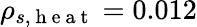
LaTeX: \rho_{s,\mathrm{~h~e~a~t~}}=0.012